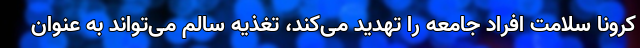
کرونا سلامت افراد جامعه را تهدید می‌کند، تغذیه سالم می‌تواند به عنوان